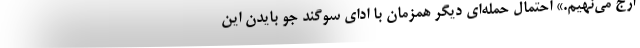
ارج می‌نهیم.» احتمال حمله‌ای دیگر همزمان با ادای سوگند جو بایدن این